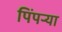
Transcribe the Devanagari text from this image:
पिंपऱ्या